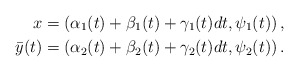
\begin{align*}x &= \left( \alpha_1(t) + \beta_1(t) + \gamma_1(t) dt , \psi_1(t) \right), \\\bar y (t) &= \left( \alpha_2(t) + \beta_2(t) + \gamma_2(t) dt , \psi_2(t) \right).\end{align*}